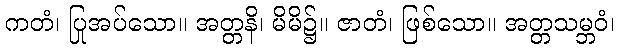
ကတံ၊ ပြုအပ်သော။ အတ္တနိ၊ မိမိ၌။ ဇာတံ၊ ဖြစ်သော။ အတ္တသမ္ဘဝံ၊